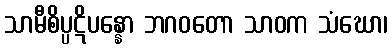
သာမီစိပ္ပဋိပန္နော ဘဂဝတော သာဝက သံဃော၊